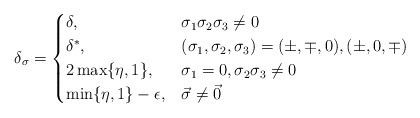
LaTeX: \begin{align*} \delta_\sigma= \begin{cases} \delta,& \sigma_1\sigma_2\sigma_3 \neq 0\\\delta^*, &(\sigma_1,\sigma_2,\sigma_3)=(\pm,\mp,0),(\pm,0,\mp)\\2 \max \{\eta, 1\}, &\sigma_1=0,\sigma_2 \sigma_3 \neq 0\\\min\{\eta, 1\} -\epsilon, &\vec \sigma \neq \vec 0\end{cases}\end{align*}